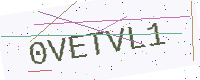
Text: 0VETVL1